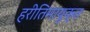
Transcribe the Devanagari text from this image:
हरीतिमायुक्‍त